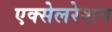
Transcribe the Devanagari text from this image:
एक्‍सेलरेशन